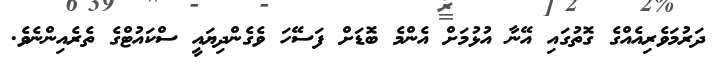
ދަރުމަވެރިއެއްގެ ގޮތުގައި އޭނާ އުޅުމަށް އެންމެ ބޮޑަށް ފަސޭހަ ވެގެންދިޔައީ ސްކައުޓްގެ ތެރެއިންނެވެ.